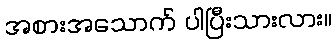
အစားအသောက် ပါပြီးသားလား။